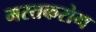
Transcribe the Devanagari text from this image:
मस्तकरोग